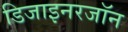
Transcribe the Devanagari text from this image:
डिजाइनरजॉन